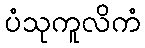
ပံသုကူလိကံ